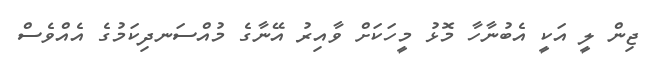
ޖިން ލީ އަކީ އެބުނާހާ މޮޅު މީހަކަށް ވާއިރު އޭނާގެ މުއްސަނދިކަމުގެ އެއްވެސް